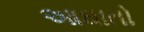
આઘાતો